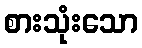
စားသုံးသော